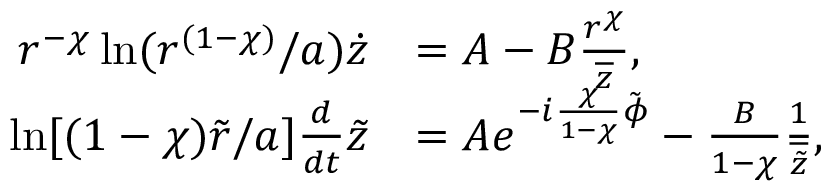
\begin{array} { r l } { r ^ { - \chi } \ln ( r ^ { ( 1 - \chi ) } / a ) \dot { z } } & { = A - B \frac { r ^ { \chi } } { \overline { { z } } } , } \\ { \ln [ ( 1 - \chi ) \tilde { r } / a ] \frac { d } { d t } \tilde { z } } & { = A e ^ { - i \frac { \chi } { 1 - \chi } \tilde { \phi } } - \frac { B } { 1 - \chi } \frac { 1 } { \overline { { \tilde { z } } } } , } \end{array}